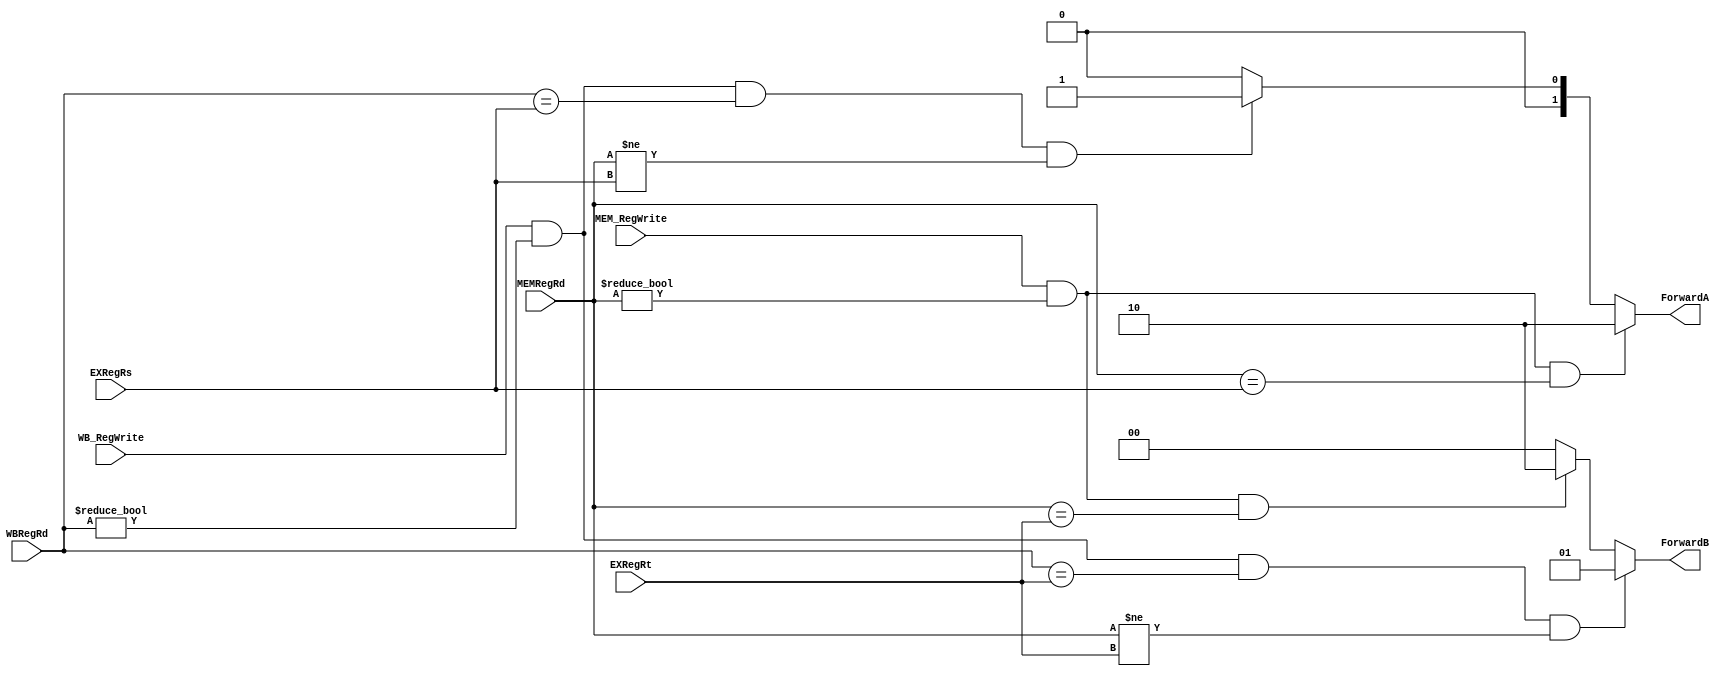
`timescale 1ns / 1ps
//////////////////////////////////////////////////////////////////////////////////
// Company: 
// Engineer: 
// 
// Design Name: 
// Module Name: forward_unit
// Project Name: 
// Target Devices: 
// Tool Versions: 
// Description: 
// 
// Dependencies: 
// 
// Revision:
// Revision 0.01 - File Created
// Additional Comments:
// 
//////////////////////////////////////////////////////////////////////////////////


module forward_unit(MEMRegRd,WBRegRd,EXRegRs,EXRegRt, MEM_RegWrite, WB_RegWrite, ForwardA, ForwardB);
 
 // Entradas al modulo
 input[4:0] MEMRegRd,WBRegRd,EXRegRs,EXRegRt;
 input MEM_RegWrite, WB_RegWrite;
 
 // Salidas del modulo
 output[1:0] ForwardA, ForwardB;
 
 // Variables internas
 reg[1:0] ForwardA, ForwardB;

 //Forward A
 always@(MEM_RegWrite or MEMRegRd or EXRegRs or WB_RegWrite or WBRegRd)
 begin
	 if((MEM_RegWrite)&&(MEMRegRd != 0)&&(MEMRegRd == EXRegRs))
	 ForwardA = 2'b10;
	 else if((WB_RegWrite)&&(WBRegRd != 0)&&(WBRegRd == EXRegRs)&&(MEMRegRd != EXRegRs))
	 ForwardA = 2'b01;
	 else
	 ForwardA = 2'b00;
 end
 //Forward B
 always@(WB_RegWrite or WBRegRd or EXRegRt or MEMRegRd or MEM_RegWrite)
 begin
	 if((WB_RegWrite)&&(WBRegRd != 0)&&(WBRegRd == EXRegRt)&&(MEMRegRd != EXRegRt) )
	 ForwardB = 2'b01;
	 else if((MEM_RegWrite)&&(MEMRegRd != 0)&&(MEMRegRd == EXRegRt))
	 ForwardB = 2'b10;
	 else
	 ForwardB = 2'b00;
 end 

endmodule